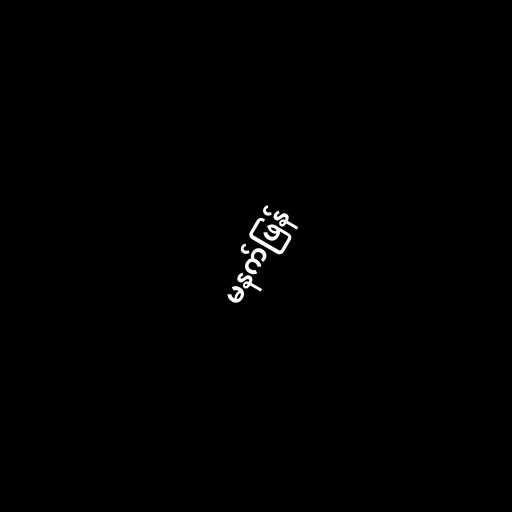
မနက်ဖြန်